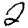
Digit: 2